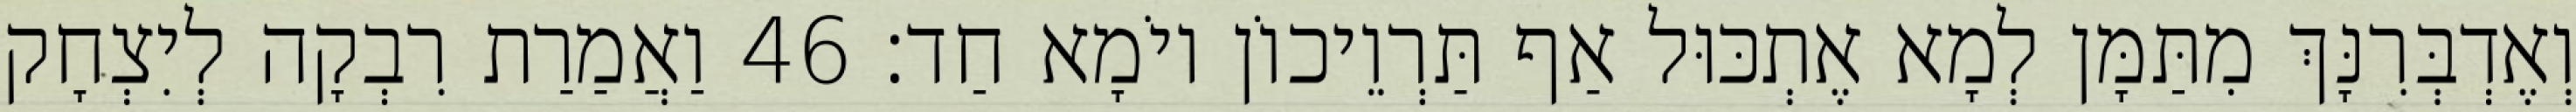
וְאֶדְבְּרִנָּךְ מִתַּמָּן לְמָא אֶתְכּוּל אַף תַּרְוֵיכוֹן יוֹמָא חַד׃ 46 וַאֲמַרַת רִבְקָה לְיִצְחָק